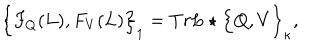
LaTeX: \Big \{ F _ { Q } ( L ) , F _ { V } ( L ) \Big \} _ { 1 } = T r L \star \Big \{ Q , V \Big \} _ { \kappa } , \nonumber \,